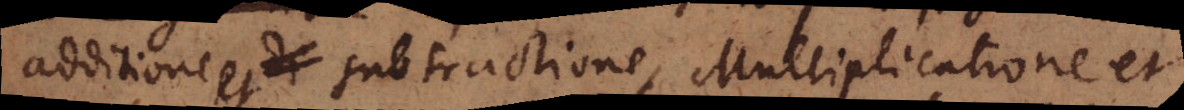
additione et subtractione, Multiplicatione et